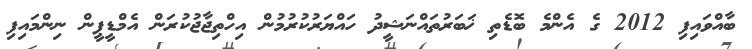
ބާއްވައިފި 2012 ގެ އެންމެ ބޮޑެތި ޚަބަރުތައްނަޝީދު ހައްޔަރުކުރުމުން އިހްތިޖާޖުކުރަން އެމްޑީޕީން ނިންމައިފި